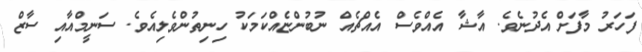
ފަހަރު މާފަށް އެދުނެވެ. އާޝާ އެއްވެސް އެއްޗެއް ނުބުންޏެއްކަމަކު ހިނިތުންވެލިއެވެ. ސަނީމްއާއި ސާޒް